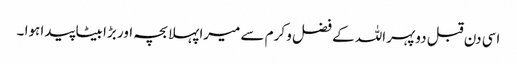
اسی دن قبل دوپہر اللہ کے فضل و کرم سے میرا پہلا بچہ اور بڑا بیٹا پیدا ہوا ۔